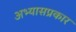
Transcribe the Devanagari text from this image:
अभ्यासप्रकार